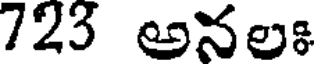
723 అనలః